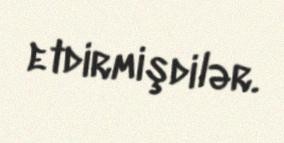
etdirmişdilər.